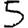
Digit: 5